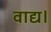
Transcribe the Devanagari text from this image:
वाद्य।